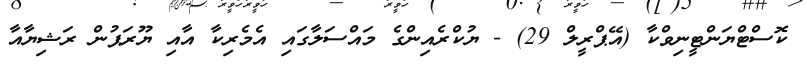
ކޮސްޓްޔަންޓީނިވްކާ (އޭޕްރީލް 29) - ޔުކްރެއިންގެ މައްސަލާގައި އެމެރިކާ އާއި ޔޫރަޕުން ރަޝިޔާއާ